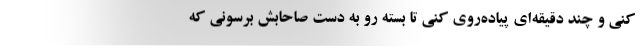
کنی و چند دقیقه‌ای پیاده‌روی کنی تا بسته رو به دست صاحابش برسونی که